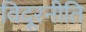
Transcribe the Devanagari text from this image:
विदूरनीति